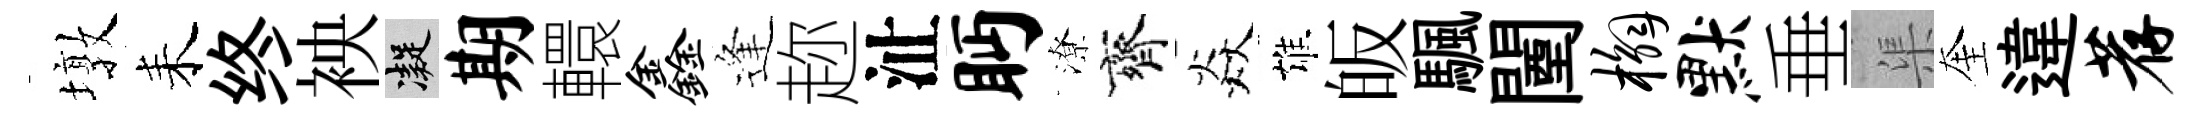
墩耒终䘧凝期轘鑫逢趂沚眄潦齊焱雄皈颿闉槲默垂渠奎違荐